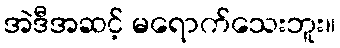
အဲဒီအဆင့် မရောက်သေးဘူး။